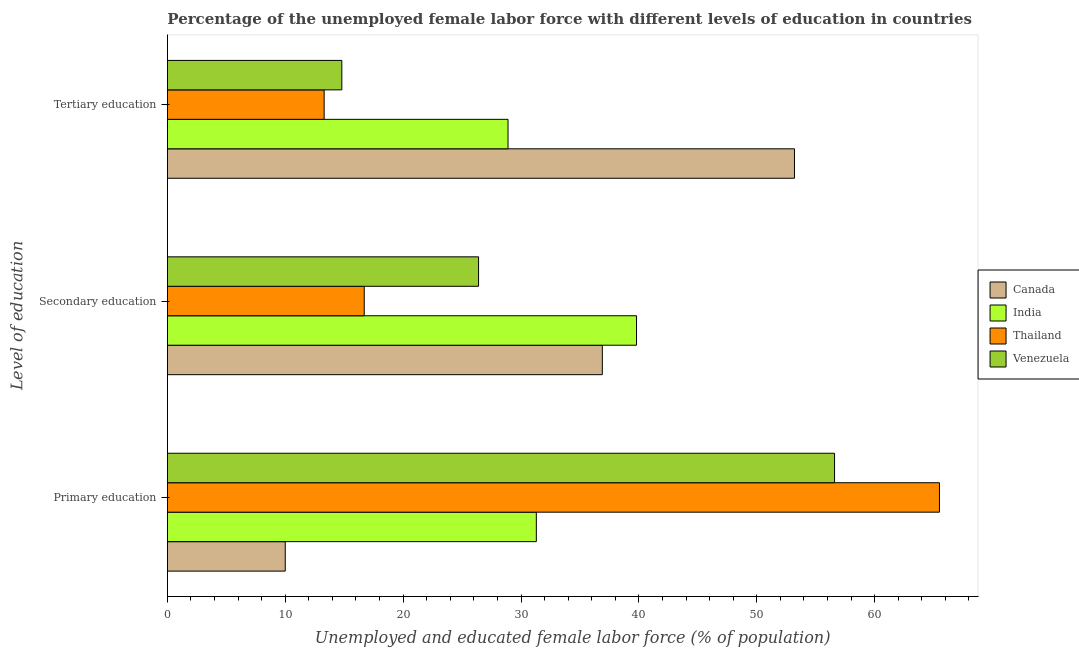
| Level of education | Canada | India | Thailand | Venezuela |
 | --- | --- | --- | --- | --- |
 | Primary education | 10 | 31.3 | 65.5 | 56.6 |
 | Secondary education | 36.9 | 39.8 | 16.7 | 26.4 |
 | Tertiary education | 53.2 | 28.9 | 13.3 | 14.8 |